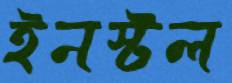
ইনস্টল